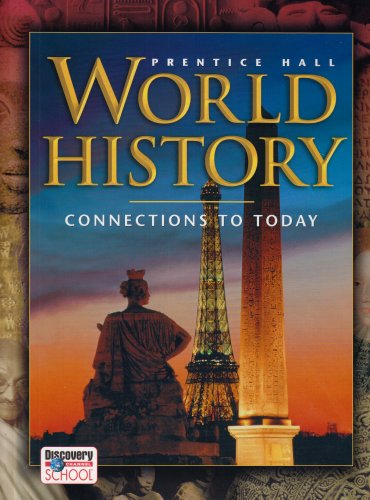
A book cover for World History: Connections to Today; PRENTICE HALL; Teen & Young Adult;